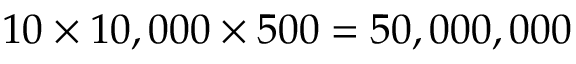
1 0 \times 1 0 , 0 0 0 \times 5 0 0 = 5 0 , 0 0 0 , 0 0 0